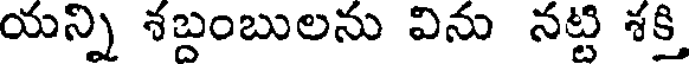
యన్ని శబ్దంబులను విను నట్టి శక్తి